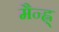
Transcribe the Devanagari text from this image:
मैन्ह्न्